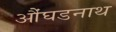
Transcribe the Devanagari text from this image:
औंघडनाथ